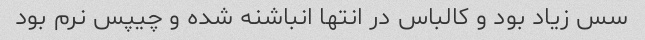
سس زیاد بود و کالباس در انتها انباشنه شده و چیپس نرم بود